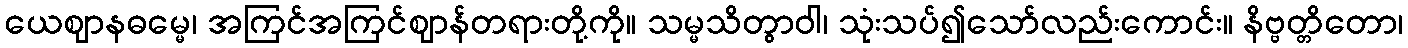
ယေဈာနဓမ္မေ၊ အကြင်အကြင်ဈာန်တရားတို့ကို။ သမ္မသိတွာဝါ၊ သုံးသပ်၍သော်လည်းကောင်း။ နိဗ္ဗတ္တိတော၊